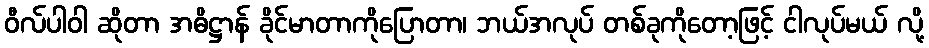
ဝီလ်ပါဝါ ဆိုတာ အဓိဋ္ဌာန် ခိုင်မာတာကိုပြောတာ၊ ဘယ်အလုပ် တစ်ခုကိုတော့ဖြင့် ငါလုပ်မယ် လို့